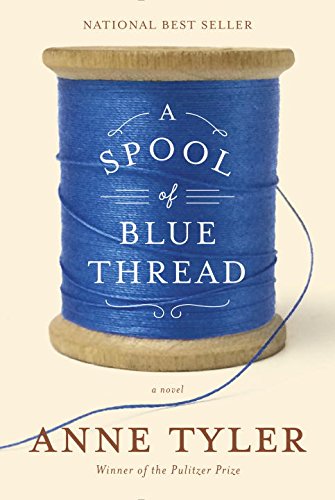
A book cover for A Spool of Blue Thread: A novel; Anne Tyler; Literature & Fiction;